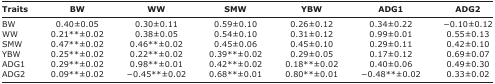
<table><thead><tr><td><b>Traits</b></td><td><b>BW</b></td><td><b>WW</b></td><td><b>SMW</b></td><td><b>YBW</b></td><td><b>ADG1</b></td><td><b>ADG2</b></td></tr></thead><tbody><tr><td>BW</td><td>0.40±0.05</td><td>0.30±0.11</td><td>0.59±0.10</td><td>0.26±0.12</td><td>0.34±0.22</td><td>−0.10±0.12</td></tr><tr><td>WW</td><td>0.21**±0.02</td><td>0.38±0.05</td><td>0.54±0.10</td><td>0.31±0.12</td><td>0.99±0.01</td><td>0.55±0.13</td></tr><tr><td>SMW</td><td>0.47**±0.02</td><td>0.46**±0.02</td><td>0.45±0.06</td><td>0.45±0.10</td><td>0.29±0.11</td><td>0.42±0.10</td></tr><tr><td>YBW</td><td>0.25**±0.02</td><td>0.22**±0.02</td><td>0.39**±0.02</td><td>0.29±0.05</td><td>0.17±0.12</td><td>0.69±0.07</td></tr><tr><td>ADG1</td><td>0.29**±0.02</td><td>0.98**±0.01</td><td>0.42**±0.02</td><td>0.18**±0.02</td><td>0.40±0.06</td><td>0.49±0.30</td></tr><tr><td>ADG2</td><td>0.09**±0.02</td><td>−0.45**±0.02</td><td>0.68**±0.01</td><td>0.80**±0.01</td><td>−0.48**±0.02</td><td>0.33±0.02</td></tr></tbody></table>